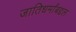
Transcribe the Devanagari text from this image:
जातिधर्मांबद्दल